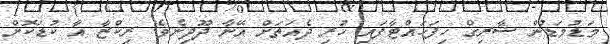
މަޑުމަޑުން ޝާރިގް ހިފަހައްޓާފައި ހުރި ދެއަތަށް އޭނާ ދޫދިނެވެ. ރިކްޒާ އާ ކުޑަކޮށް